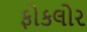
ફોકલોર